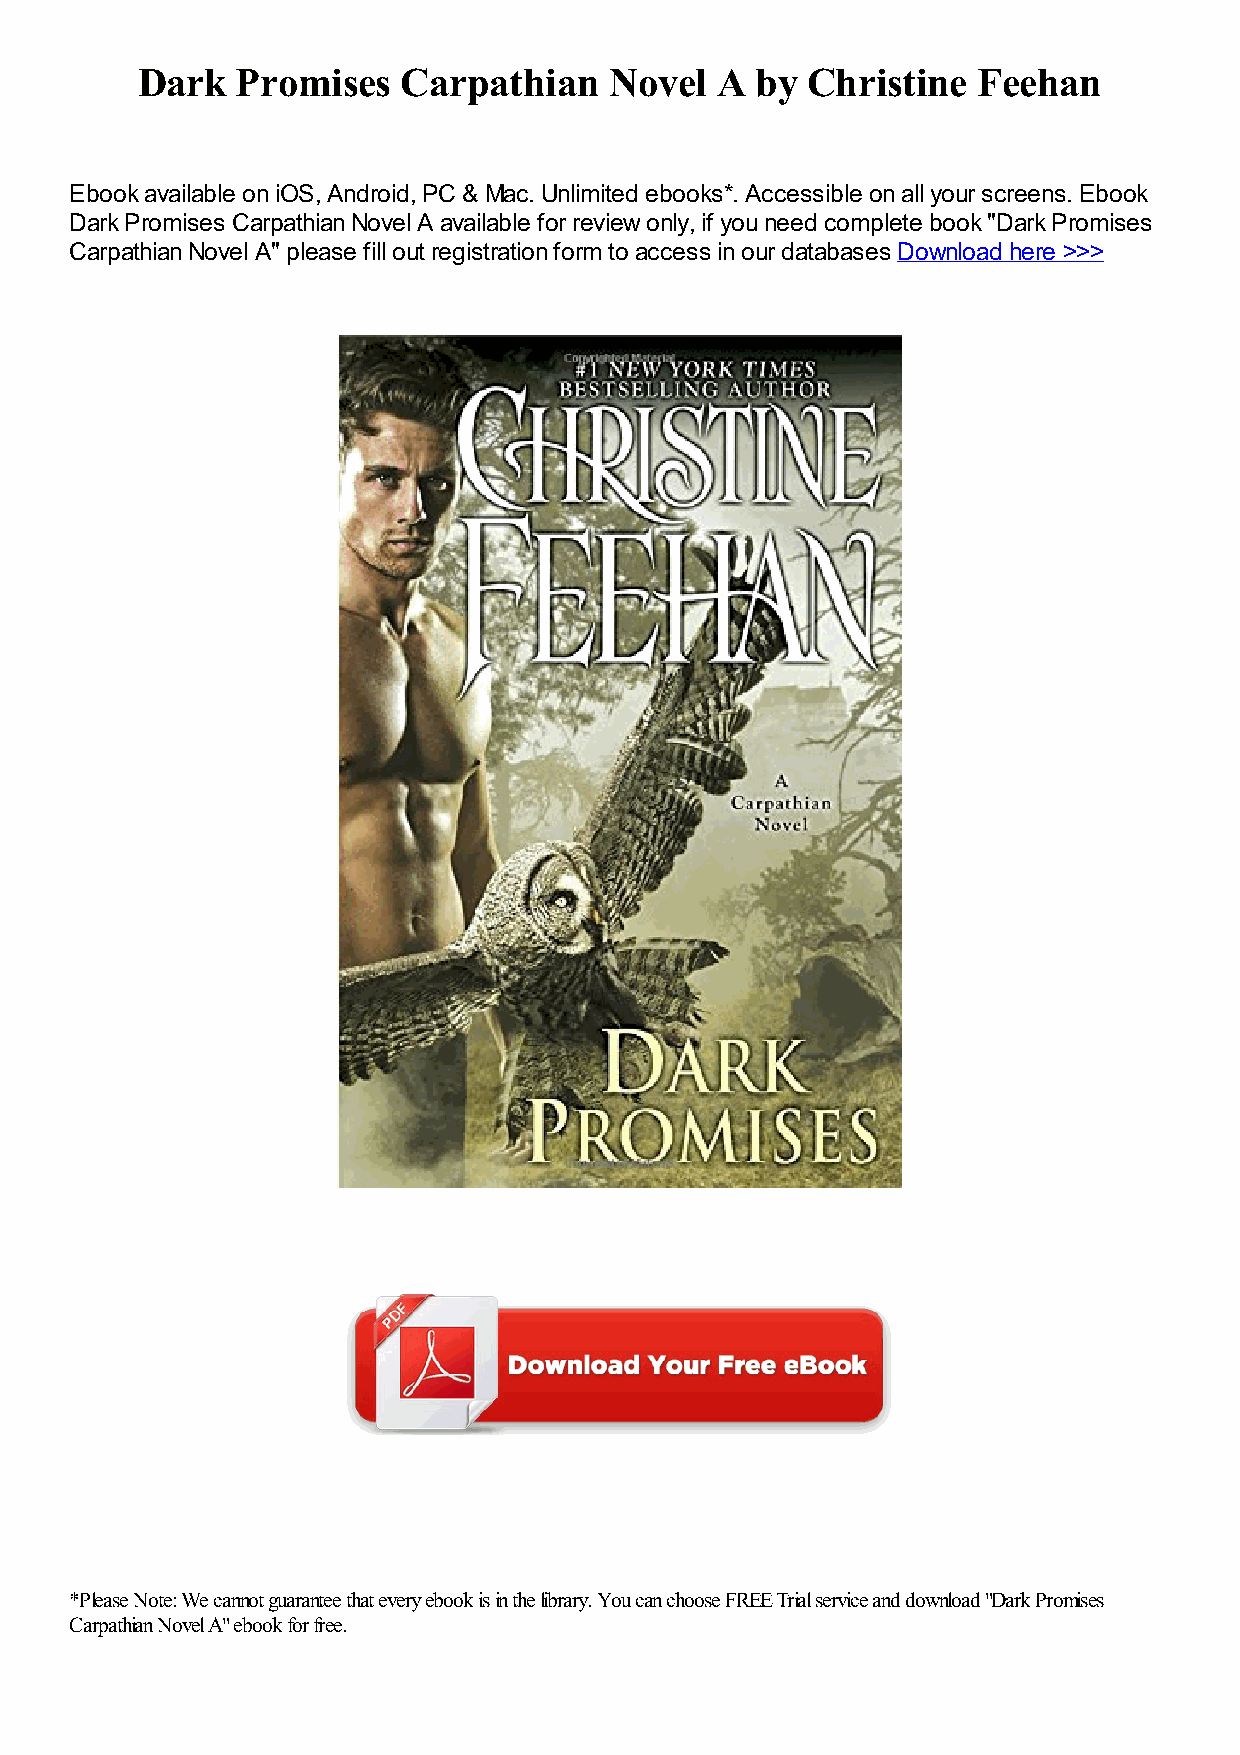
Dark   Promises  Carpathian    Novel  A  by Christine   Feehan
 Ebook available on iOS, Android, PC & Mac. Unlimited ebooks*. Accessible on all your screens. Ebook
 Dark Promises Carpathian Novel A available for review only, if you need complete book "Dark Promises
 Carpathian Novel A" please fill out registration form to access in our databases Download here >>>
 *Please Note: We cannot guarantee that every ebook is in the library. You can choose FREE Trial service and download "Dark Promises
 Carpathian Novel A" ebook for free.